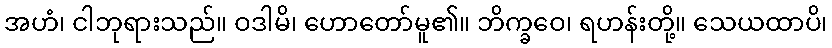
အဟံ၊ ငါဘုရားသည်။ ဝဒါမိ၊ ဟောတော်မူ၏။ ဘိက္ခဝေ၊ ရဟန်းတို့။ သေယထာပိ၊